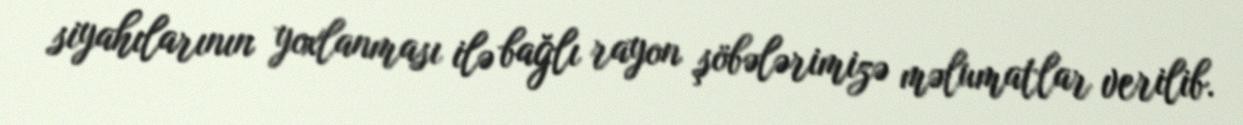
siyahılarının yoxlanması ilə bağlı rayon şöbələrimizə məlumatlar verilib.